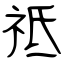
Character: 祗